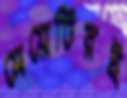
মেয়েটিরই